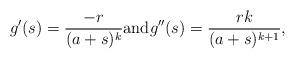
LaTeX: \begin{align*} g'(s)=\frac{-r}{(a+s)^k} \mbox{and} g''(s)=\frac{rk}{(a+s)^{k+1}},\end{align*}